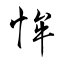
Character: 恈